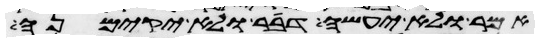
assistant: אמר ולא יעשה דבר ולא יקימנה